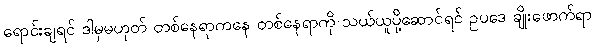
ရောင်းချရင် ဒါမှမဟုတ် တစ်နေရာကနေ တစ်နေရာကို သယ်ယူပို့ဆောင်ရင် ဥပဒေ ချိုးဖောက်ရာ